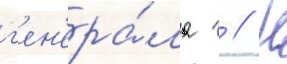
г'ен'ера́ла г // Н